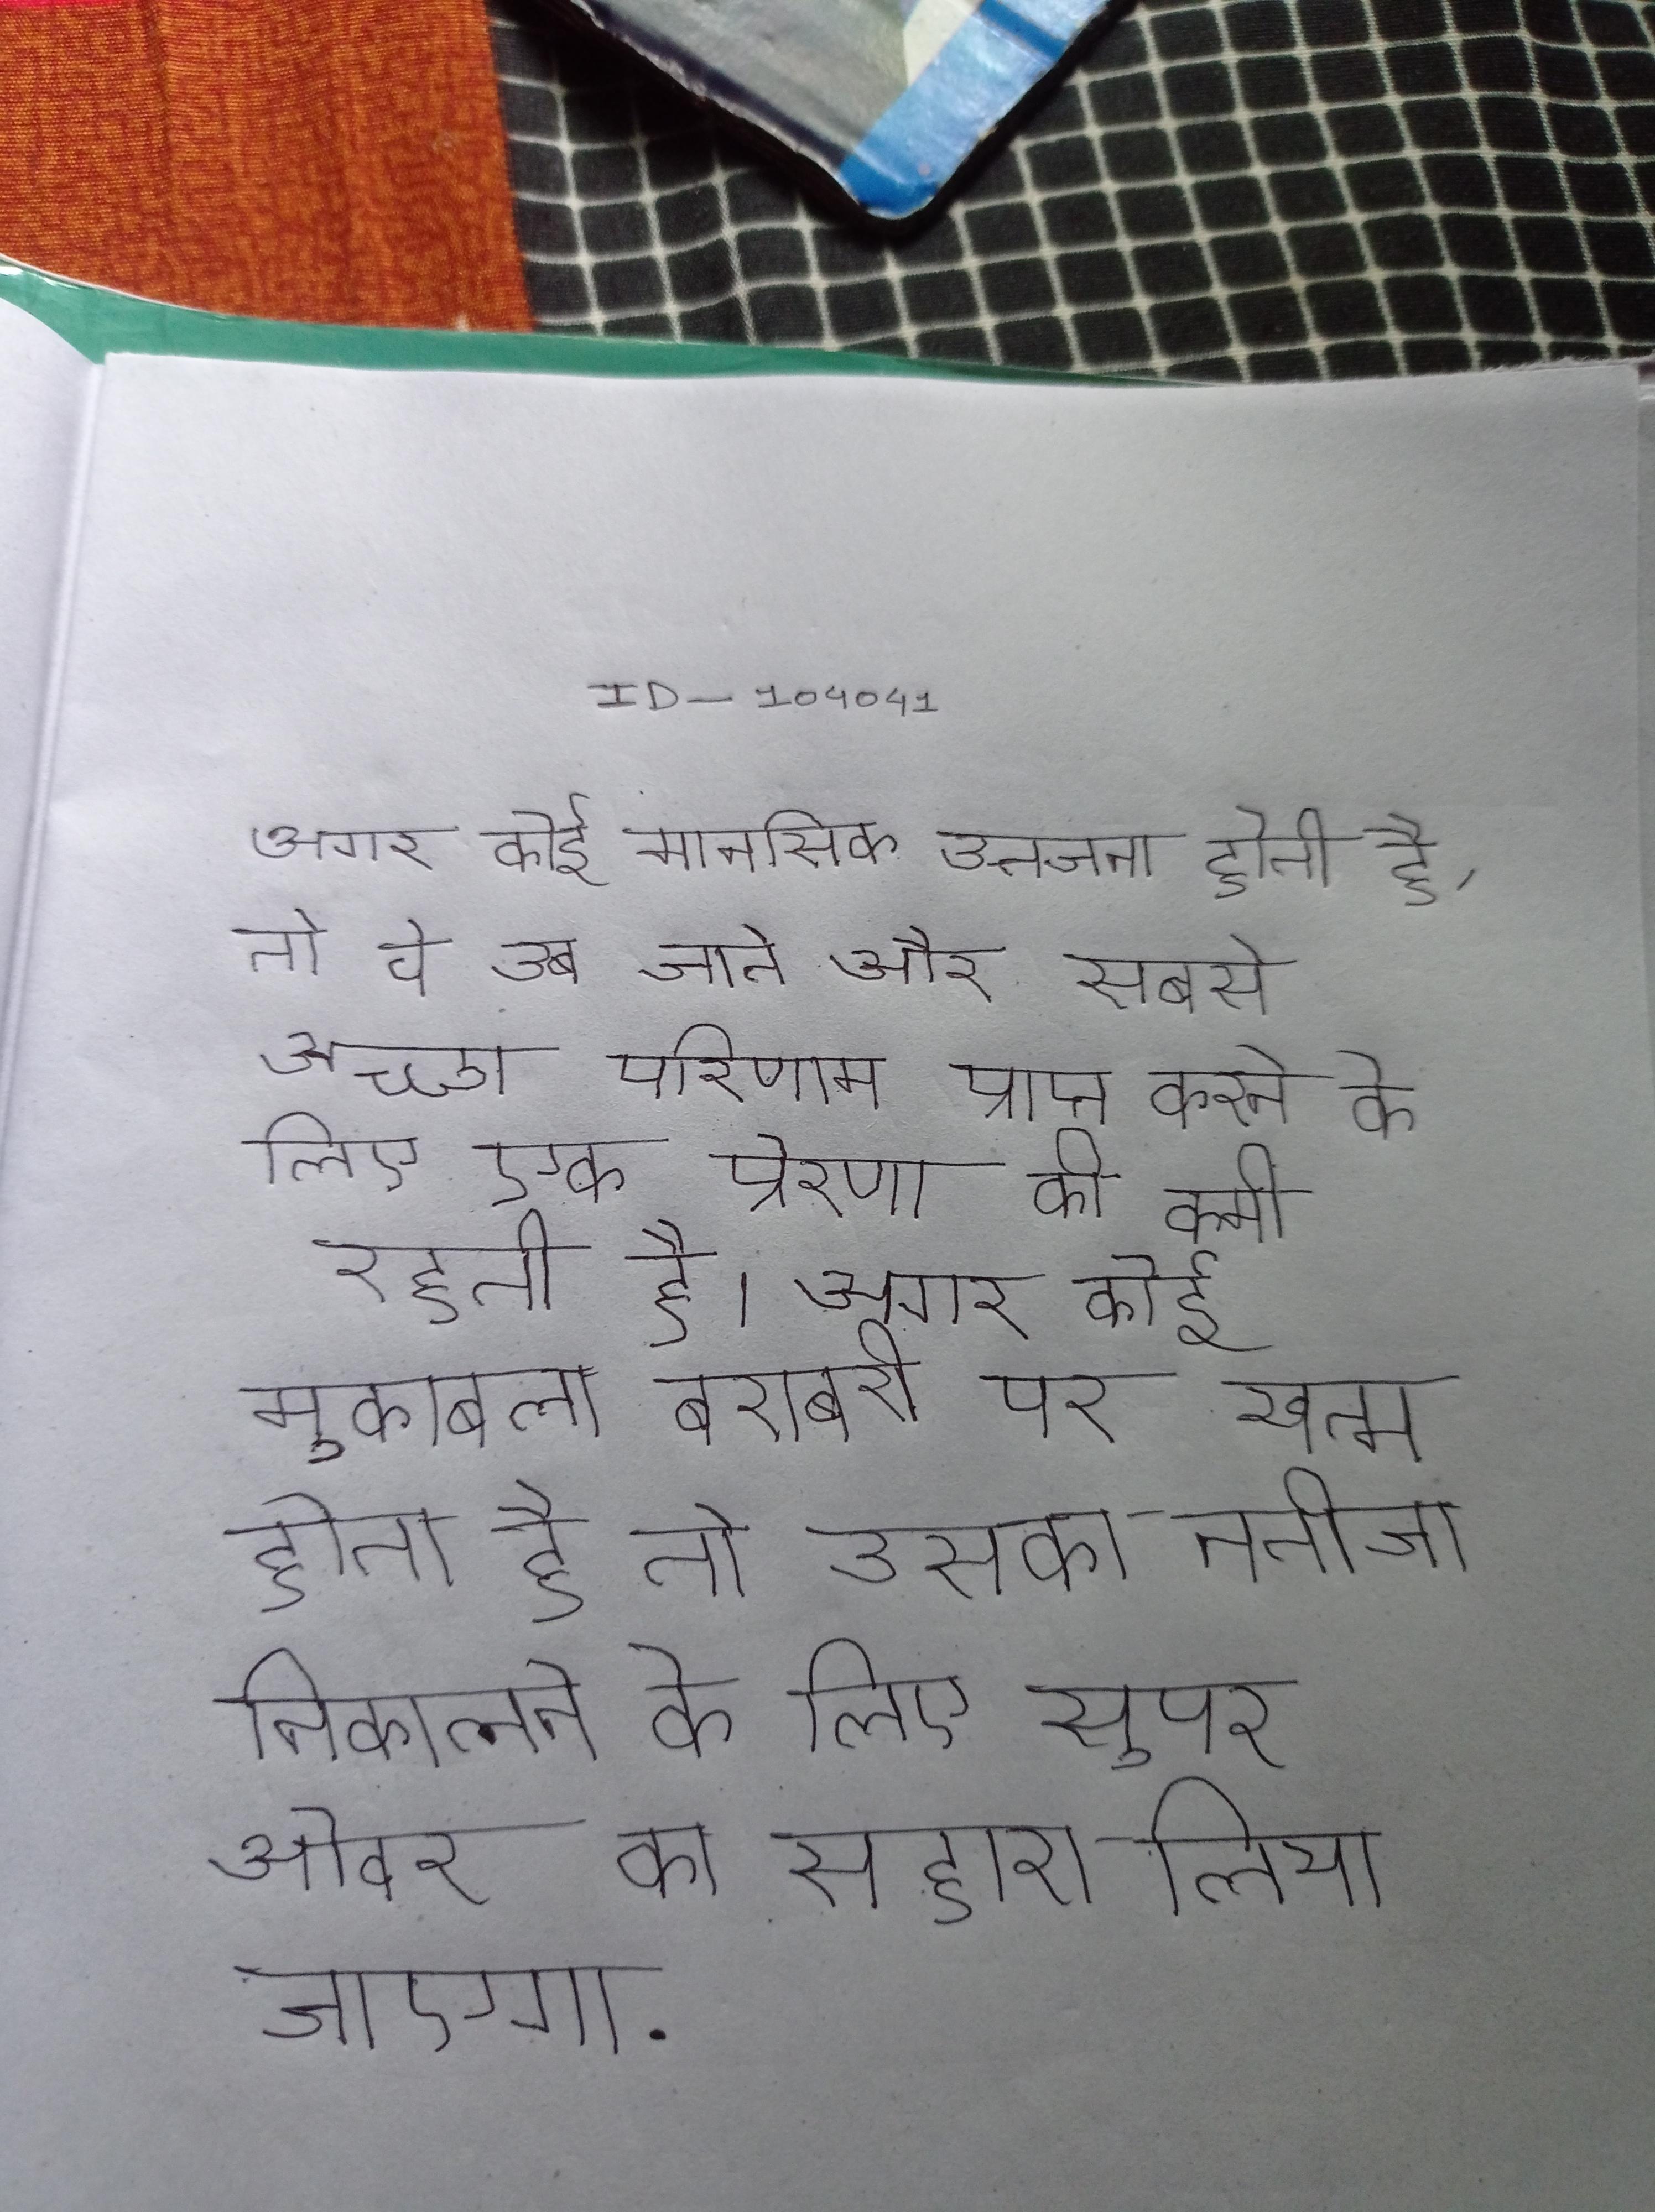
अगर कोई मानसिक उत्तेजना होती है, तो वे उब जाते और सबसे अच्छा परिणाम प्राप्त करने के लिए एक प्रेरणा की कमी रहती है । अगर कोई मुकाबला बराबरी पर खत्म होता है तो उसका नतीजा निकालने के लिए सुपर ओवर का सहारा लिया जाएगा .